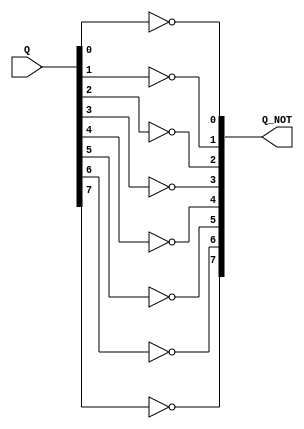
`timescale 1ns / 1ps
//////////////////////////////////////////////////////////////////////////////////
// Company: 
// Engineer: 
// 
// Design Name: 
// Module Name:    not_mod 
// Project Name: 
// Target Devices: 
// Tool versions: 
// Description: 
//
// Dependencies: 
//
// Revision: 
// Revision 0.01 - File Created
// Additional Comments: 
//
//////////////////////////////////////////////////////////////////////////////////

module not_mod( Q, Q_NOT
    );
	 parameter size =8;
	 input [size-1:0] Q;
	 output [size-1:0] Q_NOT;
	 
	 genvar i;
	 generate
		for(i=0; i<size; i=i+1) begin: notblock
		not	   not1		(Q_NOT[i], Q[i]);
		end
	 endgenerate




endmodule